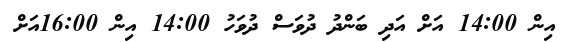
އިން 14:00 އަށް އަދި ބަންދު ދުވަސް ދުވަހު 14:00 އިން 16:00އަށް